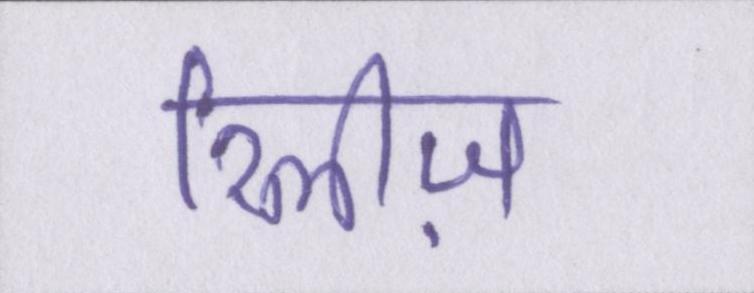
रिलीज़